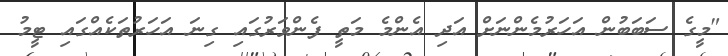
"މީގެ ސަބަބުން އަހަރުމެންނަށް އަދި އެންމެ މަތީ ފެންވަރުގައި ގިނަ އަަހަރުތަކެއްގައި ޓީމު